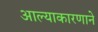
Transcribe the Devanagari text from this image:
आल्याकारणाने